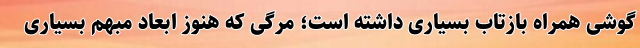
گوشی همراه بازتاب بسیاری داشته است؛ مرگی که هنوز ابعاد مبهم بسیاری